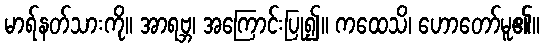
မာရ်နတ်သားကို။ အာရဗ္ဘ၊ အကြောင်းပြု၍။ ကထေသိ၊ ဟောတော်မူ၏။